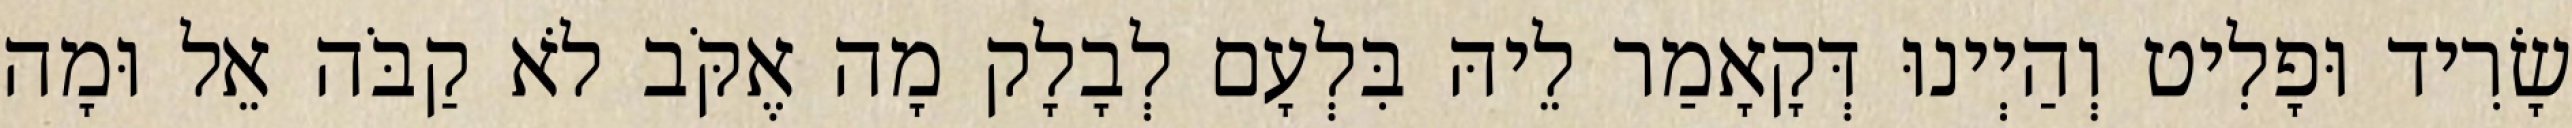
שָׂרִיד וּפָלִיט וְהַיְינוּ דְּקָאָמַר לֵיהּ בִּלְעָם לְבָלָק מָה אֶקֹּב לֹא קַבֹּה אֵל וּמָה